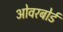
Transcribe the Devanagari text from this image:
ओवरबोर्ड